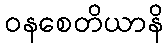
ဝနစေတိယာနိ